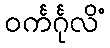
ဝင်္ကင်္ဂုလိံ